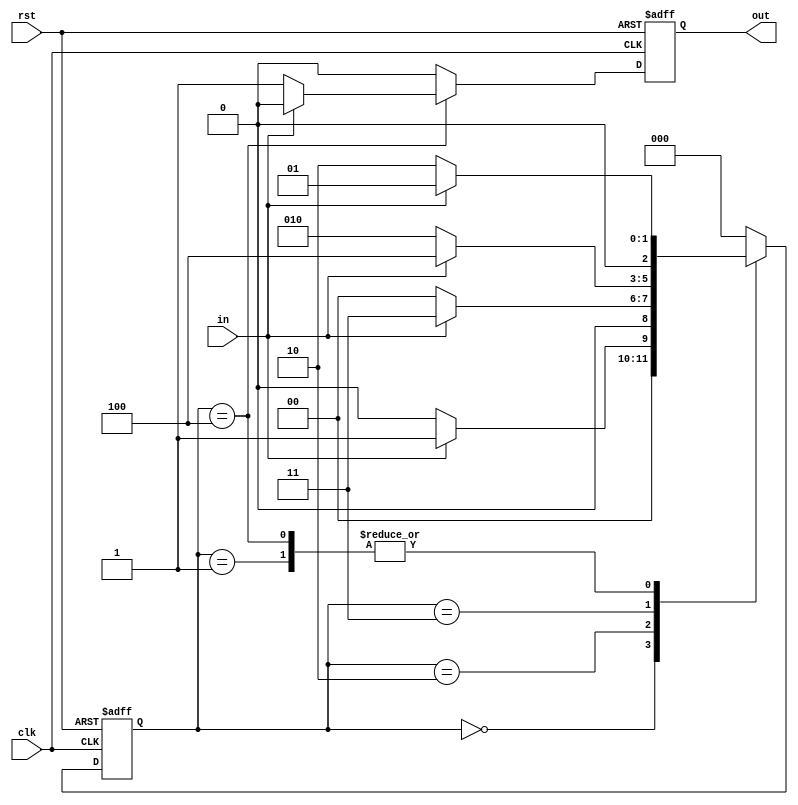
module fsm(in,out,rst,clk);
input rst,in,clk;
output out;
reg out;
reg [0:2]state;

always@(posedge clk or posedge rst)
begin
if(rst)
begin
state<=3'b000;
out<=1'b0;
end

else 
begin
case(state)

3'b000:
begin
if(in)
begin
state<=3'b001;
out<=1'b0;

end
else 
begin
state<=3'b000;
out<=1'b0;
end
end


3'b001:
begin
if(in)
begin
state<=3'b001;
out<=1'b0;

end
else 
begin
state<=3'b010;
out<=1'b0;
end
end


3'b010:
begin
if(in)
begin
state<=3'b011;
out<=1'b0;

end
else 
begin
state<=3'b000;
out<=1'b0;
end
end

3'b011:
begin
if(in)
begin
state<=3'b100;
out<=1'b0;

end
else 
begin
state<=3'b010;
out<=1'b0;
end
end

3'b100:
begin
if(in)
begin
state<=3'b001;
out<=1'b0;

end
else 
begin
state<=3'b010;
out<=1'b1;
end
end

default:
begin
state<=3'b000;
out<=1'b0;
end
endcase
end
end
endmodule